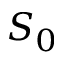
S _ { 0 }